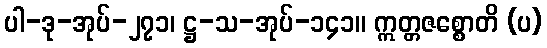
ပါ-ဒု-အုပ်-၂၇၁၊ ဋ္ဌ-သ-အုပ်-၁၄၁။ ဣတ္တဇစ္စောတိ (ပ)